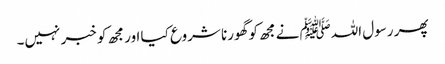
پھر رسول اللہﷺ نے مجھ کو گھورنا شروع کیا اور مجھ کو خبر نہیں۔